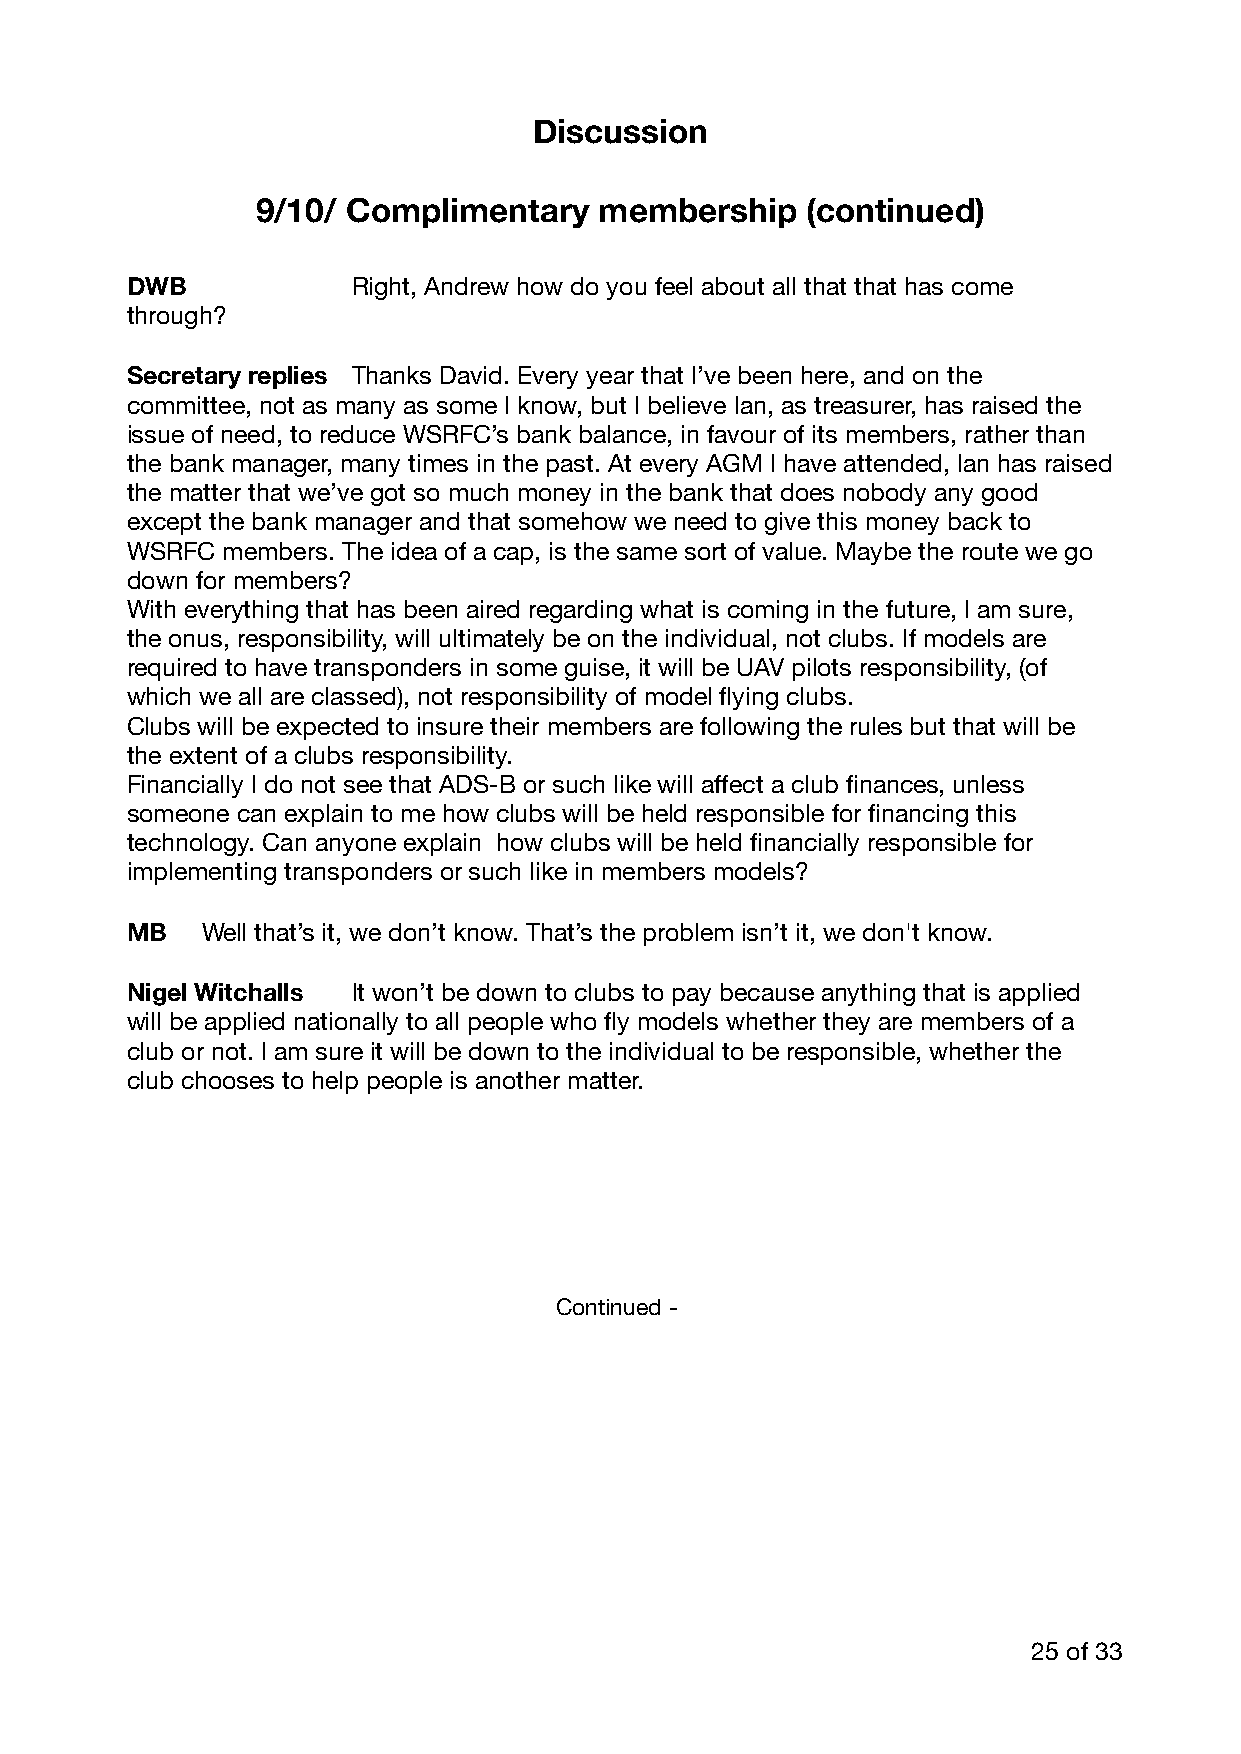
Discussion
 9/10/ Complimentary    membership   (continued)
 DWB            Right, Andrew how do you feel about all that that has come
 through?
 Secretary replies Thanks David. Every year that I’ve been here, and on the
 committee, not as many as some I know, but I believe Ian, as treasurer, has raised the
 issue of need, to reduce WSRFC’s bank balance, in favour of its members, rather than
 the bank manager, many times in the past. At every AGM I have attended, Ian has raised
 the matter that we’ve got so much money in the bank that does nobody any good
 except the bank manager and that somehow we need to give this money back to
 WSRFC  members. The idea of a cap, is the same sort of value. Maybe the route we go
 down for members?
 With everything that has been aired regarding what is coming in the future, I am sure,
 the onus, responsibility, will ultimately be on the individual, not clubs. If models are
 required to have transponders in some guise, it will be UAV pilots responsibility, (of
 which we all are classed), not responsibility of model flying clubs.
 Clubs will be expected to insure their members are following the rules but that will be
 the extent of a clubs responsibility.
 Financially I do not see that ADS-B or such like will affect a club finances, unless
 someone can explain to me how clubs will be held responsible for financing this
 technology. Can anyone explain how clubs will be held financially responsible for
 implementing transponders or such like in members models?
 MB   Well that’s it, we don’t know. That’s the problem isn’t it, we don't know.
 Nigel Witchalls It won’t be down to clubs to pay because anything that is applied
 will be applied nationally to all people who fly models whether they are members of a
 club or not. I am sure it will be down to the individual to be responsible, whether the
 club chooses to help people is another matter.
 Continued -
 25 of 33